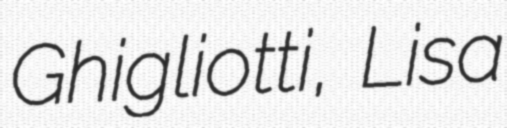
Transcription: Ghigliotti, Lisa